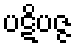
ပဋိပဇ္ဇ